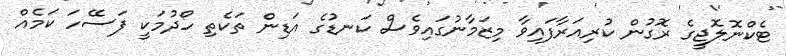
ޓެކްނޮލޮޖީގެ ރޮގުން ކުރިއަރާފައިވާ މިޒަމާނުގައިވެސް ކަނޑުގެ އަޑިން ތަކެތި ހޯދުމަކީ ފަސޭހަ ކަމެއް